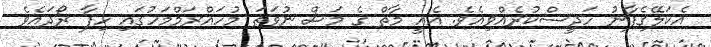
އެކަލޭގެފާނު ހަދީސްކުރެއްވިއެވެ. އެއީ މާތް ގެ މަސް ނުވަތަ މުހައްރަމްމަހުގައި ހިފާ ރޯދައެވެ